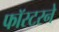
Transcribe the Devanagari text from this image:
फॉस्टरने